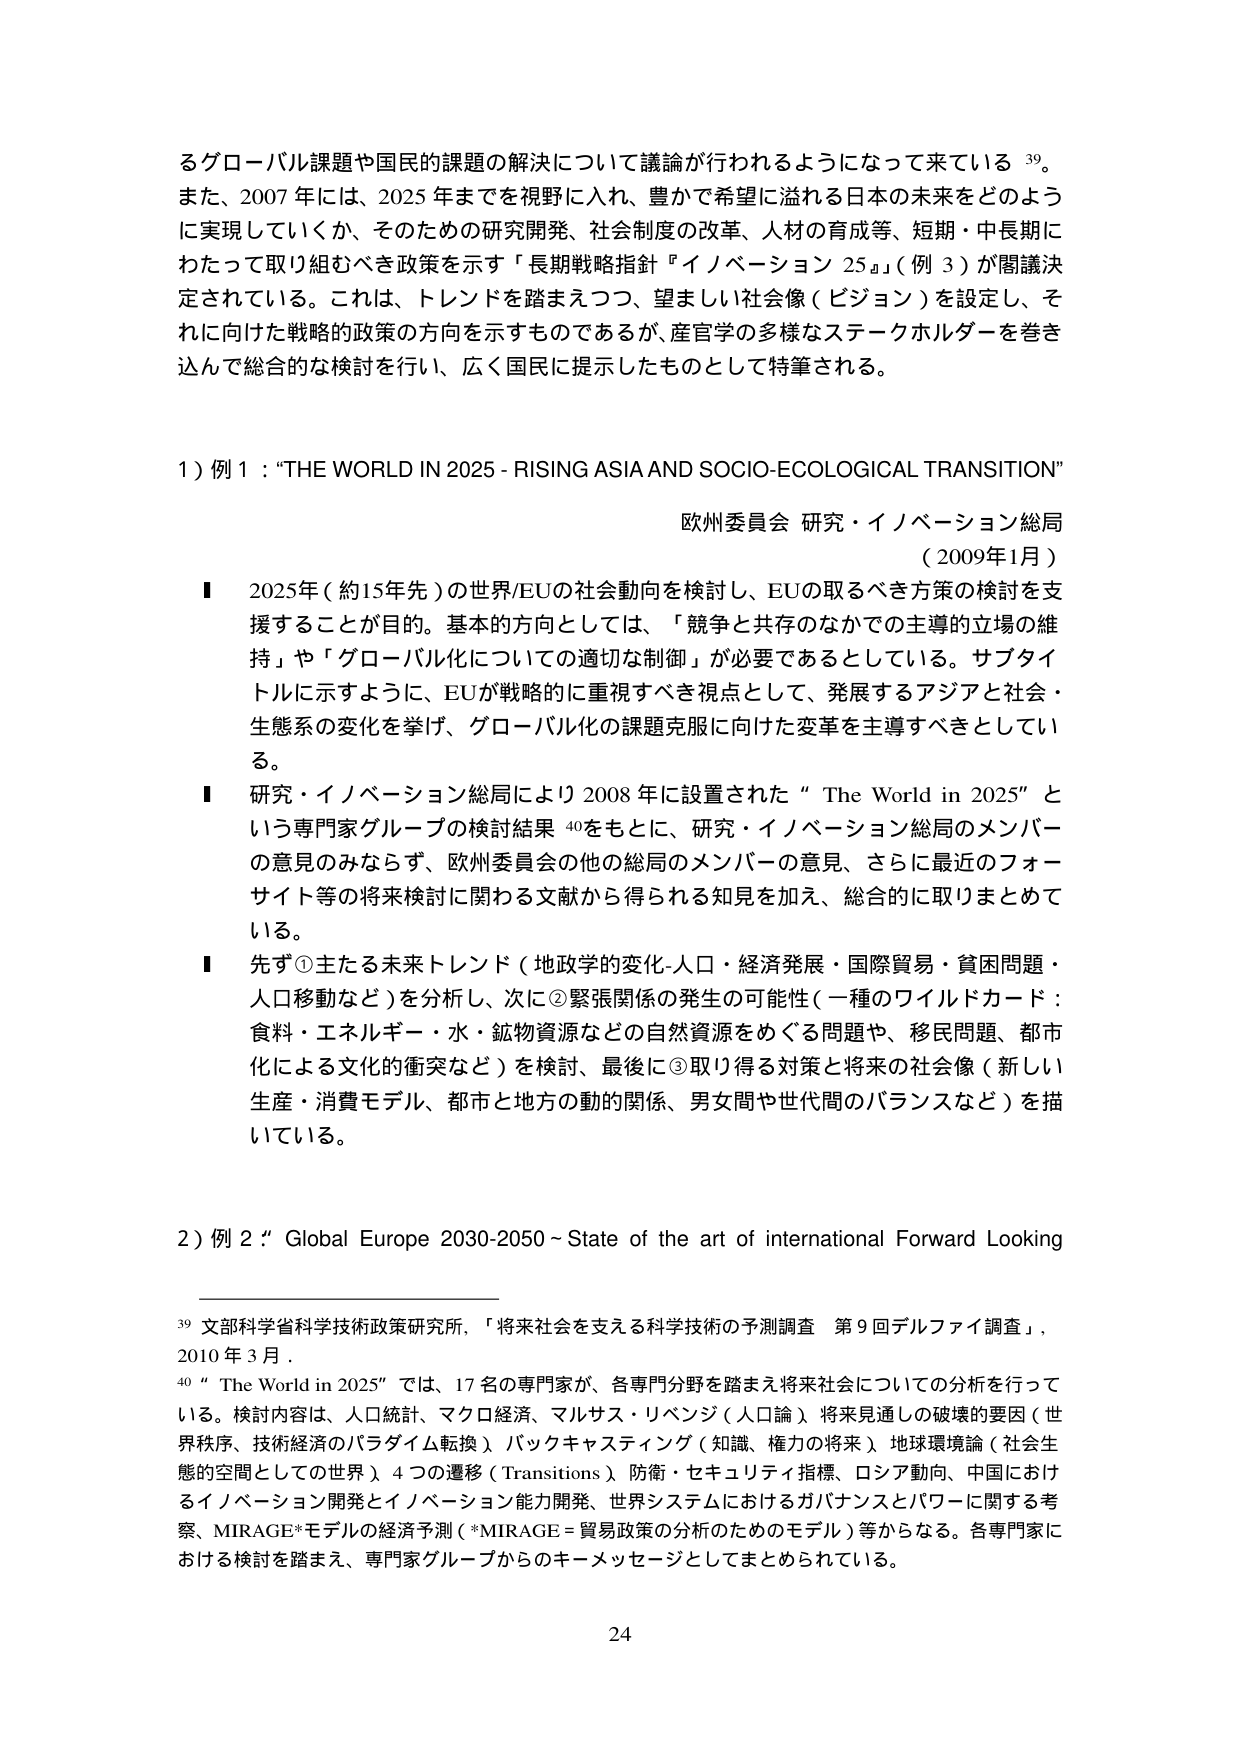
るグローバル課題や国民的課題の解決について議論が行われるようになって来ている 39。
また、2007 年には、2025 年までを視野に入れ、豊かで希望に溢れる日本の未来をどのように実現していくか、そのための研究開発、社会制度の改革、人材の育成等、短期・中長期にわたって取り組むべき政策を示す「長期戦略指針『イノベーション 25』」（例 3）が閣議決定されている。これは、トレンドを踏まえつつ、望ましい社会像（ビジョン）を設定し、それに向けた戦略的政策の方向を示すものであるが、産官学の多様なステークホルダーを巻き込んで総合的な検討を行い、広く国民に提示したものとして特筆される。

1）例 1：“THE WORLD IN 2025 - RISING ASIA AND SOCIO-ECOLOGICAL TRANSITION”